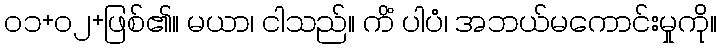
၀၁+၀၂+ဖြစ်၏။ မယာ၊ ငါသည်။ ကိံ ပါပံ၊ အဘယ်မကောင်းမှုကို။